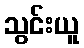
သွင်းယူ